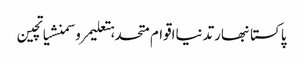
پاکستانبھارتدنیااقوام متحدہتعلیمروسمنشیاتچین